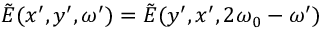
\tilde { E } ( x ^ { \prime } , y ^ { \prime } , \omega ^ { \prime } ) = \tilde { E } ( y ^ { \prime } , x ^ { \prime } , 2 \omega _ { 0 } - \omega ^ { \prime } )